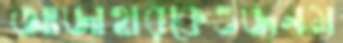
আজাহারকেওজনম